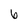
Character: 6